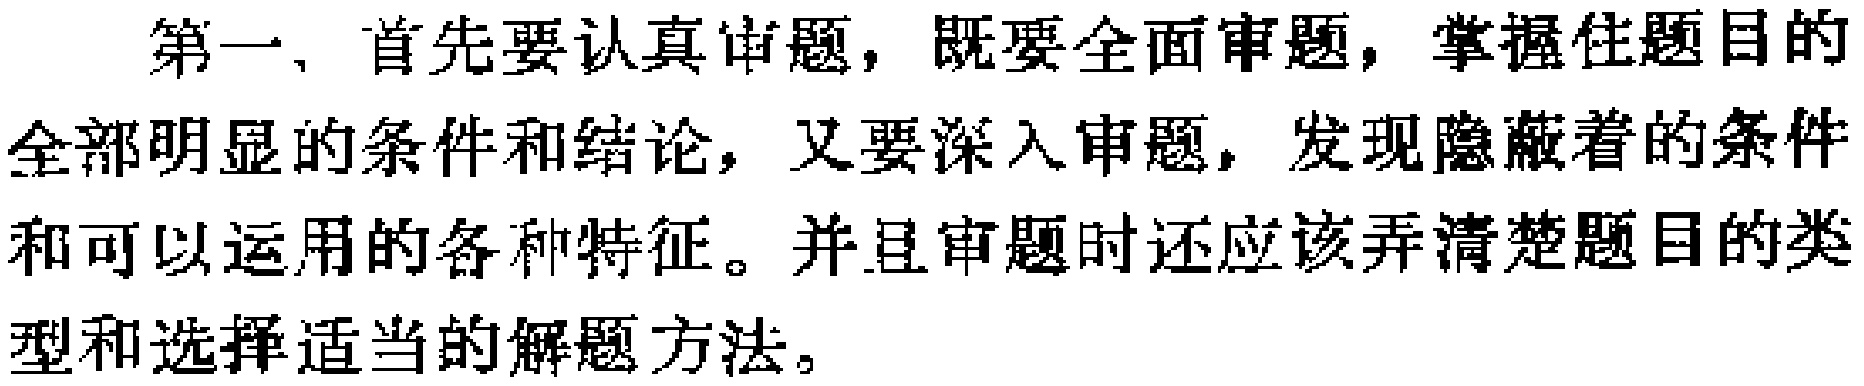
第一，首先要认真审题，既要全面审题，掌握住题目的全部明显的条件和结论，又要深入审题，发现隐蔽着的条件和可以运用的各种特征。并且审题时还应该弄清楚题目的类型和选择适当的解题方法。